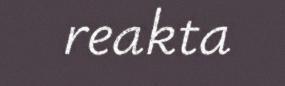
reakta